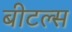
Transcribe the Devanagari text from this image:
बीटल्‍स